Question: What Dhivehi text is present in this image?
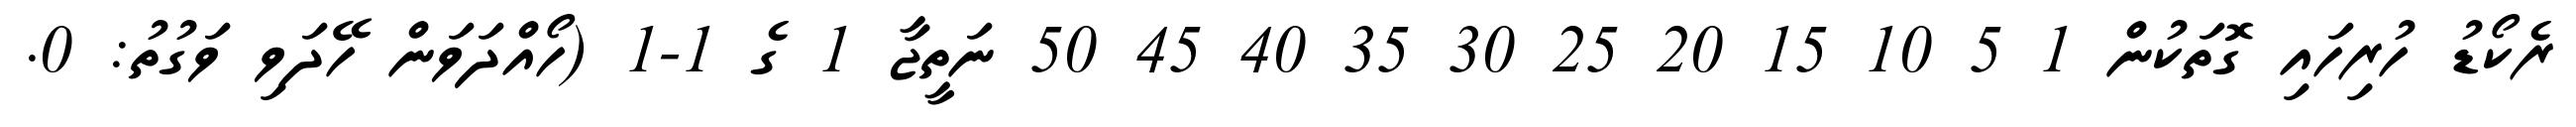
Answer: ރެކޯޑު ހުރިހައި ގޮތަކުން 1 5 10 15 20 25 30 35 40 45 50 ނަތީޖާ 1 ގެ 1-1 (ހޯއްދަވަން ހޭދަވި ވަގުތު: 0.